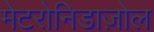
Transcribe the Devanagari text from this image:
मेटरोनिडाज़ोल